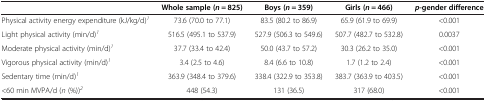
<table><thead><tr><td><b> </b></td><td><b>Whole sample (<i>n</i> = 825)</b></td><td><b>Boys (<i>n</i> = 359)</b></td><td><b>Girls (<i>n</i> = 466)</b></td><td><b><i>p</i>-gender difference</b></td></tr></thead><tbody><tr><td>Physical activity energy expenditure (kJ/kg/d)<sup><i>1</i></sup></td><td>73.6 (70.0 to 77.1)</td><td>83.5 (80.2 to 86.9)</td><td>65.9 (61.9 to 69.9)</td><td>&lt;0.001</td></tr><tr><td>Light physical activity (min/d)<sup><i>1</i></sup></td><td>516.5 (495.1 to 537.9)</td><td>527.9 (506.3 to 549.6)</td><td>507.7 (482.7 to 532.8)</td><td>0.0037</td></tr><tr><td>Moderate physical activity (min/d)<sup><i>1</i></sup></td><td>37.7 (33.4 to 42.4)</td><td>50.0 (43.7 to 57.2)</td><td>30.3 (26.2 to 35.0)</td><td>&lt;0.001</td></tr><tr><td>Vigorous physical activity (min/d)<sup><i>1</i></sup></td><td>3.4 (2.5 to 4.6)</td><td>8.4 (6.6 to 10.8)</td><td>1.7 (1.2 to 2.4)</td><td>&lt;0.001</td></tr><tr><td>Sedentary time (min/d)<sup><i>1</i></sup></td><td>363.9 (348.4 to 379.6)</td><td>338.4 (322.9 to 353.8)</td><td>383.7 (363.9 to 403.5)</td><td>&lt;0.001</td></tr><tr><td>&lt;60 min MVPA/d (<i>n</i> (%))<sup><i>2</i></sup></td><td>448 (54.3)</td><td>131 (36.5)</td><td>317 (68.0)</td><td>&lt;0.001</td></tr></tbody></table>